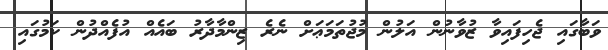
ވަބާގައި ޖެހިފައިވާ ޒުވާނުން އަލުން މުޖުތަމަޢަށް ނެރެ ޒިންމާދާރު ބައެއް އުފެއްދުން ކަމުގައި